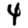
Digit: 4